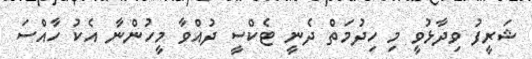
ޝަރީފު ވިދާޅުވީ މި ހިދުމަތް ދެނީ ޓެކްސީ ދުއްވާ މީހުންނާ އެކު ހާއްސަ